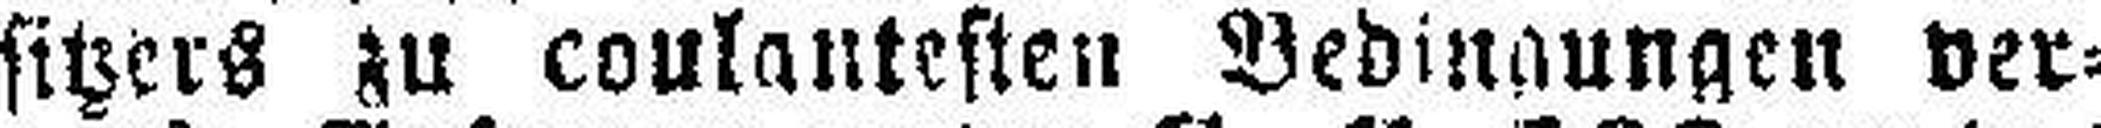
sitzers zu coulautesten Bedingungen ver¬